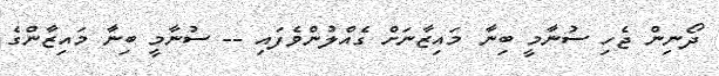
ދޯނިން ޖެހި ސުނާމީ ބިނާ މައިޒާނަށް ގެއްލުންވެފައި -- ސުނާމީ ބިނާ މައިޒާންގެ